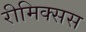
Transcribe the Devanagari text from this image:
रीमिक्सस